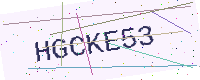
Text: HGCKE53